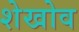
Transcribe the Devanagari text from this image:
शेखोव